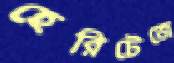
হেরিটেজে